Lunatic asylums Central Provinces reports 1874-1885 - 1874-1885
Year: 1874
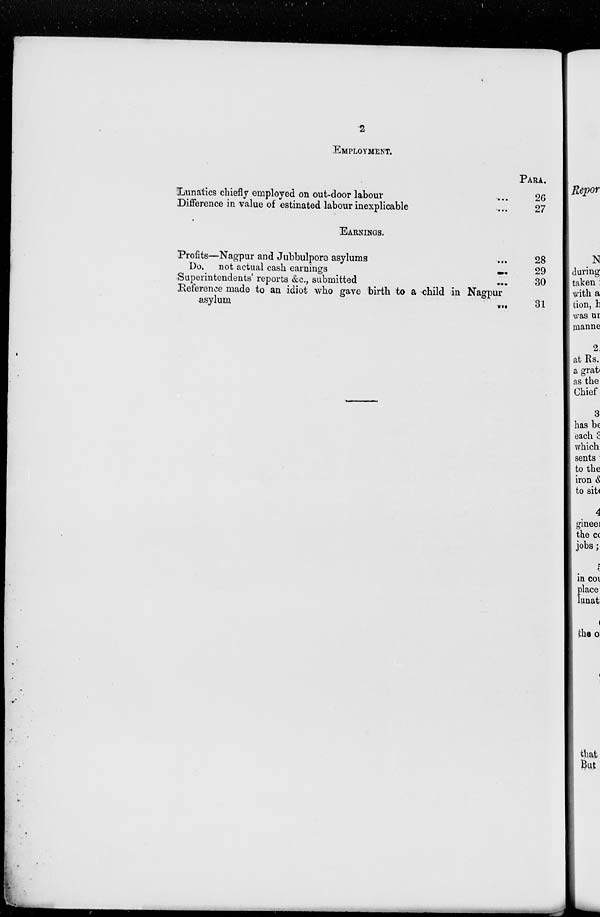
2
EMPLOYMENT.
Lunatics chiefly employed on out-door labour ...
Difference in value of estinated labour inexplicable ...
PARA.
26
27
EARNINGS.
Profits—Nagpur and Jubbulpore asylums ...
Do. not actual cash earnings
...
Superintendents' reports &c., submitted
...
Reference made to an idiot who gave birth to a child in Nagpur
asylum
...
28
29
30
31